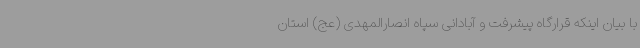
با بیان اینکه قرارگاه پیشرفت و آبادانی سپاه انصارالمهدی (عج) استان